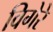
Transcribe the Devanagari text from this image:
विगेरे